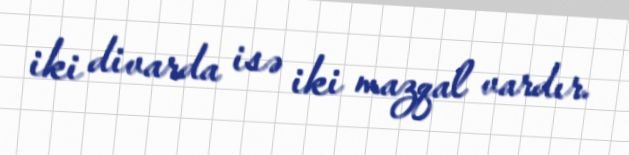
iki divarda isə iki mazqal vardır.